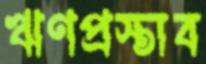
ঋণপ্রস্তাব